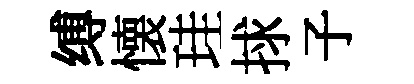
缚懐珪捄子